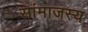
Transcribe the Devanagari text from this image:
सांमाजस्य